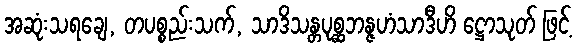
အဆုံးသရချေ, တပစ္စည်းသက်, သာဒိသန္တပုစ္ဆဘန္ဇဟံသာဒီဟိ ဋ္ဌောသုတ် ဖြင့်